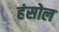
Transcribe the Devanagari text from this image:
हंसोल